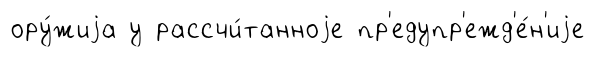
ору́жиjа у рассчи́танноjе пр'едупр'ежд'е́н'иjе